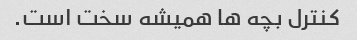
کنترل بچه ها همیشه سخت است.